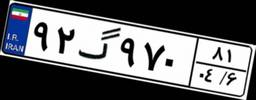
۹۲گ۹۷۰۸۱